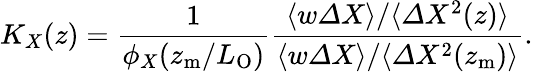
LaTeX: K_{X}(z)=\frac{1}{\phi_{X}(z_{\mathrm{m}}/L_{\mathrm{O}})}\frac{\langle w{\mit\Delta}X\rangle/\langle{\mit\Delta}X^{2}(z)\rangle}{\langle w{\mit\Delta}X\rangle/\langle{\mit\Delta}X^{2}(z_{\mathrm{m}})\rangle}.